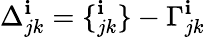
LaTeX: \Delta_{jk}^{\mathbf{i}}=\{ _{jk}^{\mathbf{i}}\} -\Gamma_{jk}^{\mathbf{i}}